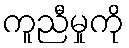
ကူညီမှုကို